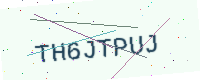
Text: TH6JTPUJ